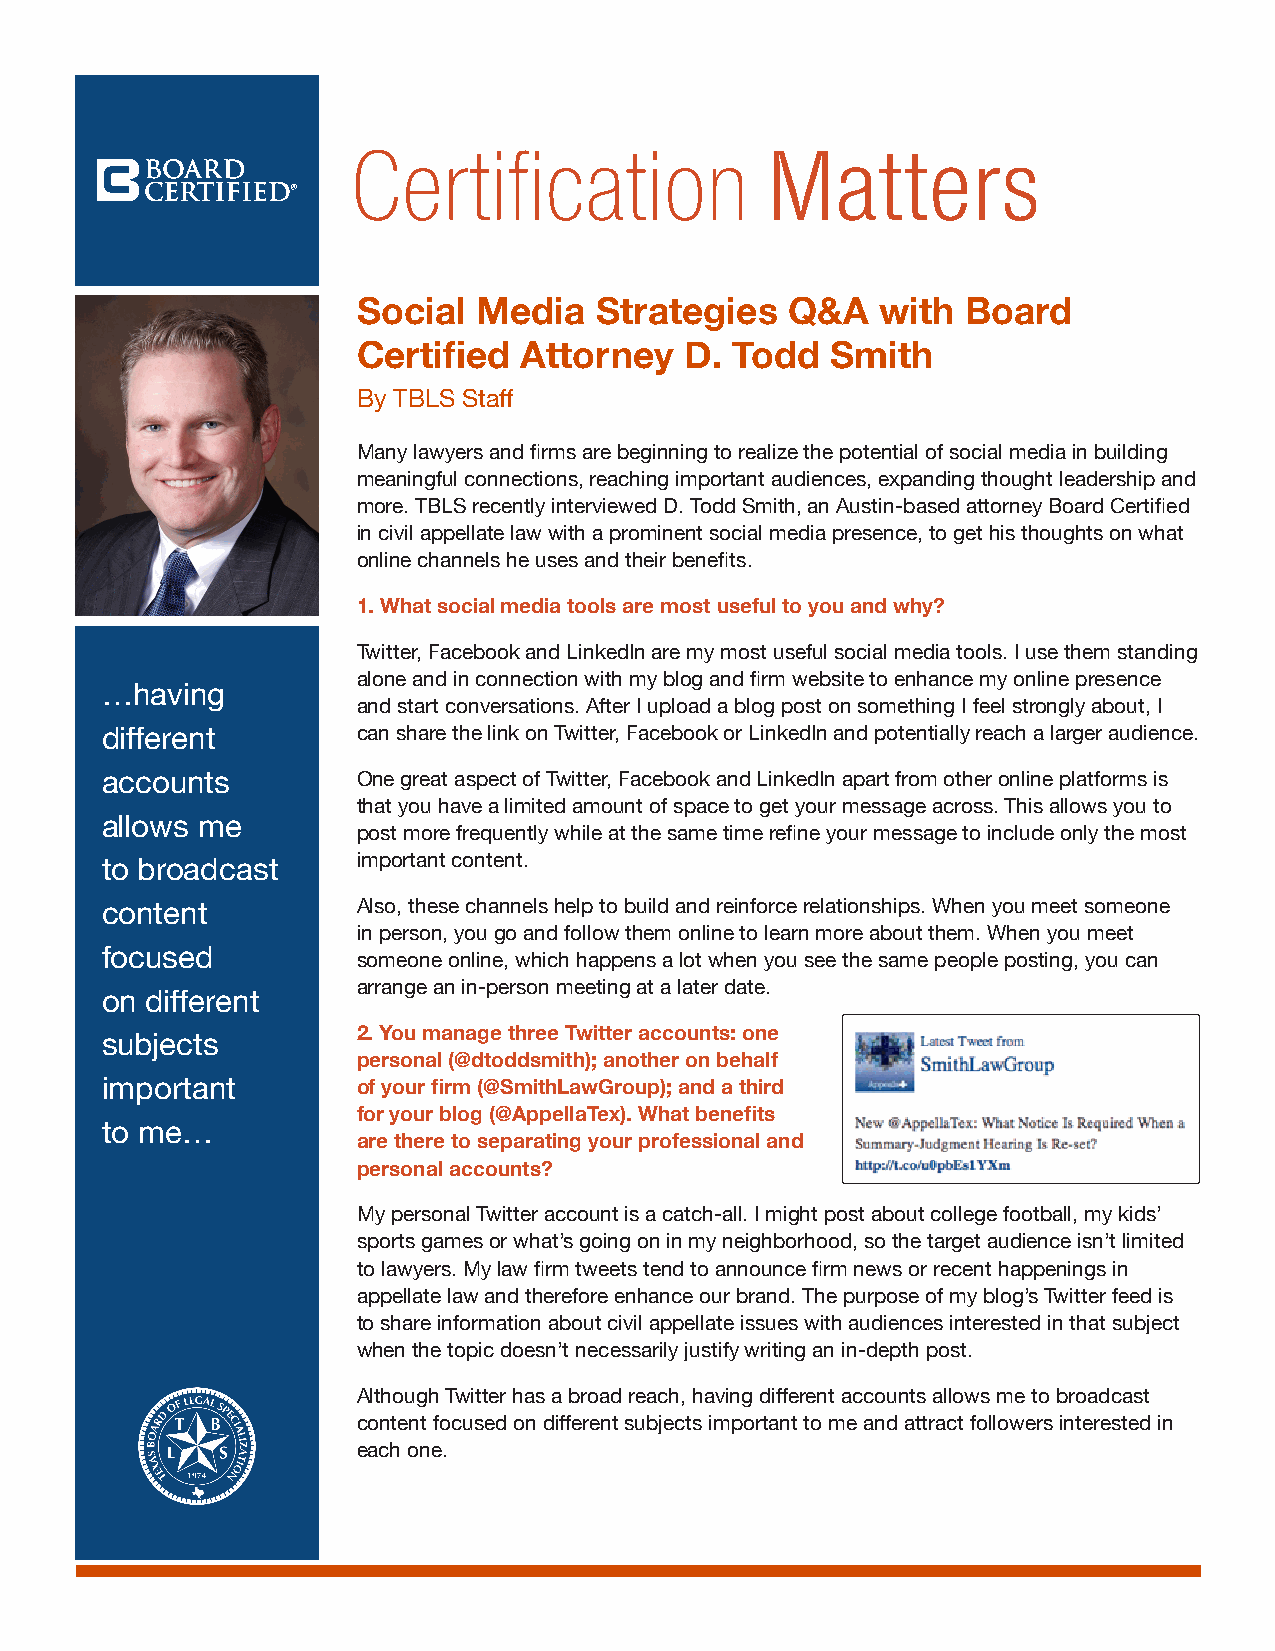
Certification               Matters
 ®
 Social  Media  Strategies   Q&A   with  Board
 Certified Attorney   D. Todd   Smith
 By TBLS Staff
 Many lawyers and firms are beginning to realize the potential of social media in building
 meaningful connections, reaching important audiences, expanding thought leadership and
 more. TBLS recently interviewed D. Todd Smith, an Austin-based attorney Board Certified
 in civil appellate law with a prominent social media presence, to get his thoughts on what
 online channels he uses and their benefits.
 1. What social media tools are most useful to you and why?
 Twitter, Facebook and LinkedIn are my most useful social media tools. I use them standing
 alone and in connection with my blog and firm website to enhance my online presence
 …having
 and start conversations. After I upload a blog post on something I feel strongly about, I
 different        can share the link on Twitter, Facebook or LinkedIn and potentially reach a larger audience.
 accounts         One great aspect of Twitter, Facebook and LinkedIn apart from other online platforms is
 that you have a limited amount of space to get your message across. This allows you to
 allows me
 post more frequently while at the same time refine your message to include only the most
 to broadcast     important content.
 content          Also, these channels help to build and reinforce relationships. When you meet someone
 in person, you go and follow them online to learn more about them. When you meet
 focused
 someone online, which happens a lot when you see the same people posting, you can
 arrange an in-person meeting at a later date.
 on different
 2. You manage three Twitter accounts: one
 subjects
 personal (@dtoddsmith); another on behalf
 important        of your firm (@SmithLawGroup); and a third
 for your blog (@AppellaTex). What benefits
 to me…
 are there to separating your professional and
 personal accounts?
 My personal Twitter account is a catch-all. I might post about college football, my kids’
 sports games or what’s going on in my neighborhood, so the target audience isn’t limited
 to lawyers. My law firm tweets tend to announce firm news or recent happenings in
 appellate law and therefore enhance our brand. The purpose of my blog’s Twitter feed is
 to share information about civil appellate issues with audiences interested in that subject
 when the topic doesn’t necessarily justify writing an in-depth post.
 Although Twitter has a broad reach, having different accounts allows me to broadcast
 content focused on different subjects important to me and attract followers interested in
 each one.